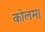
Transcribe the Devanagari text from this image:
कोलम।